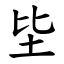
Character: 坒